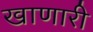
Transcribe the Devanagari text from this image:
खाणारी